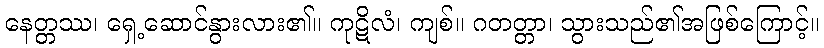
နေတ္တဿ၊ ရှေ့ဆောင်နွားလား၏။ ကုဋိလံ၊ ကျစ်။ ဂတတ္တာ၊ သွားသည်၏အဖြစ်ကြောင့်။